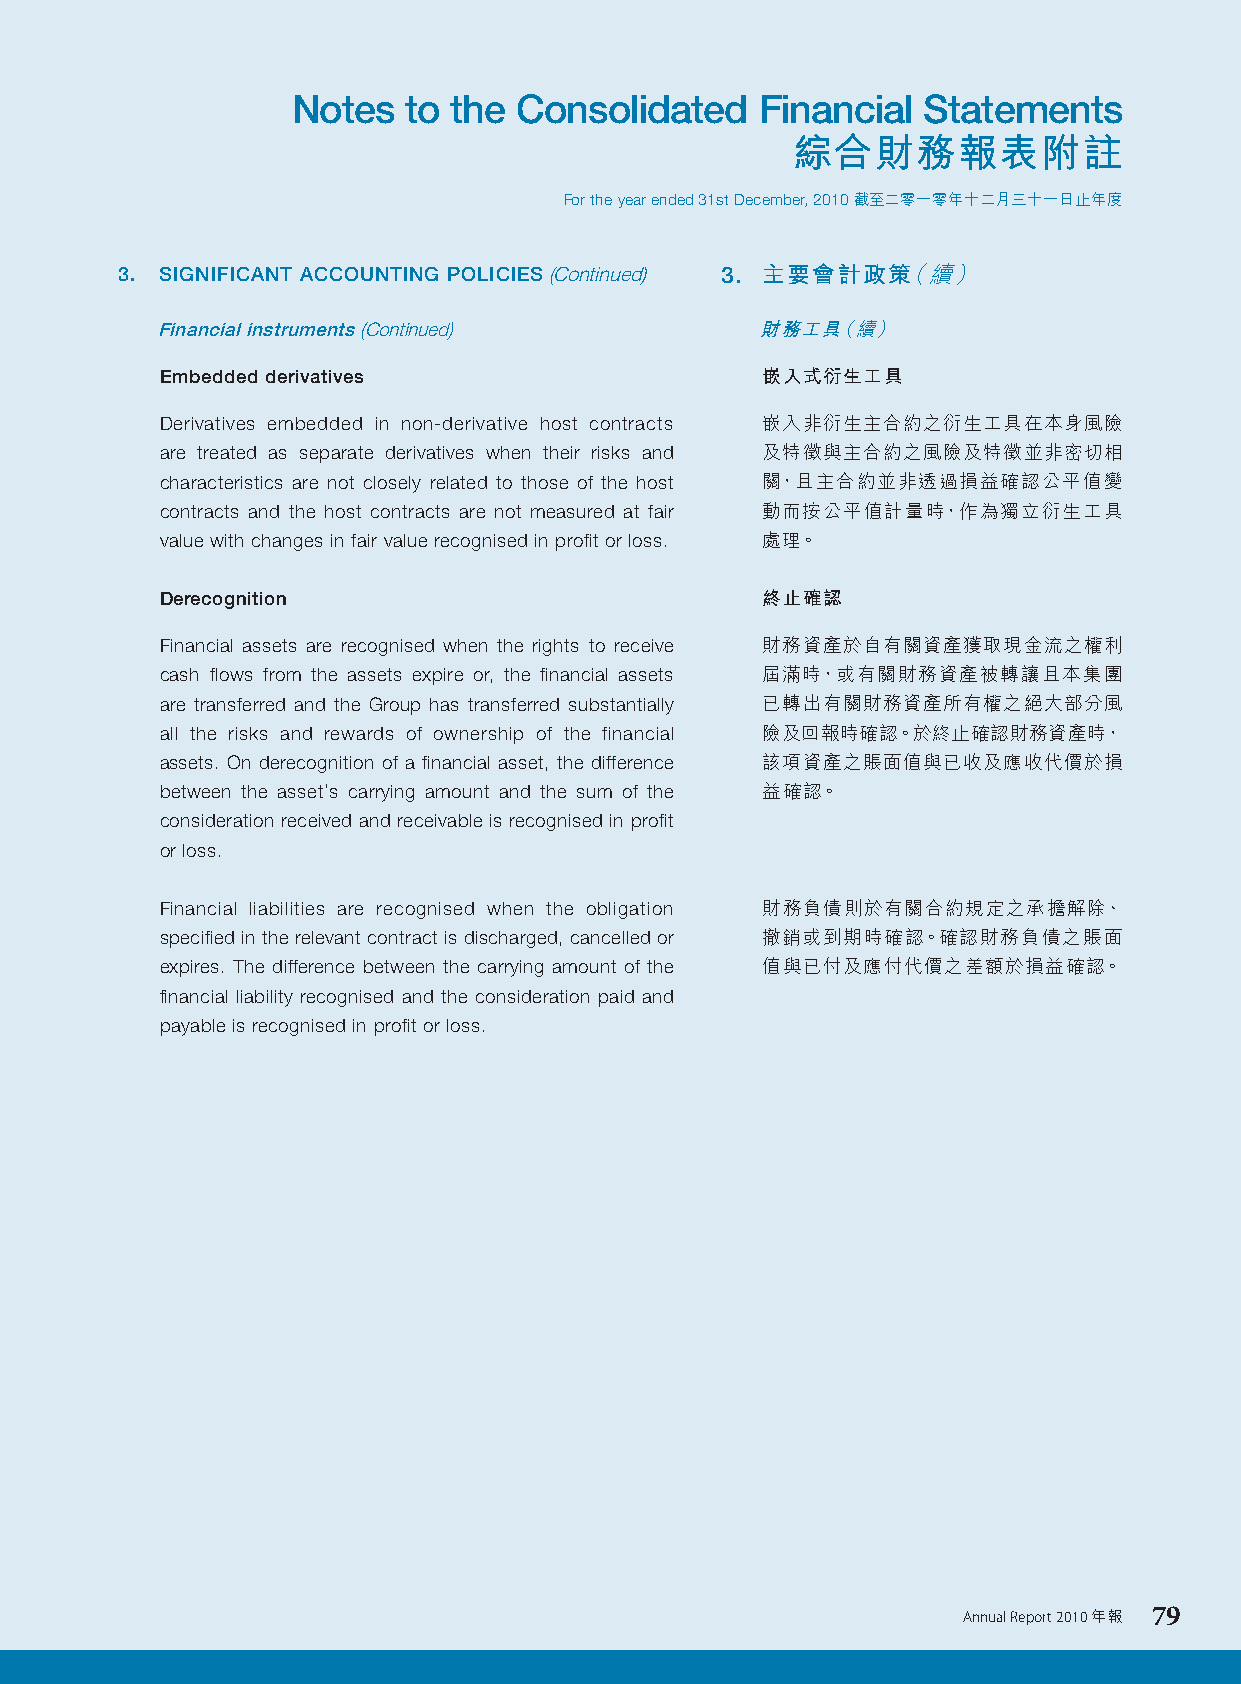
Notes   to the Consolidated    Financial  Statements
 綜合財務報表附註
 For the year ended 31st December, 2010 截至二零一零年十二月三十一日止年度
 3. SIGNIFICANT ACCOUNTING POLICIES (Continued) 3. 主要會計政策（續）
 Financial instruments (Continued)       財務工具（續）
 Embedded derivatives                   嵌入式衍生工具
 Derivatives embedded in non-derivative host contracts 嵌入非衍生主合約之衍生工具在本身風險
 are treated as separate derivatives when their risks and 及特徵與主合約之風險及特徵並非密切相
 characteristics are not closely related to those of the host 關，且主合約並非透過損益確認公平值變
 contracts and the host contracts are not measured at fair 動而按公平值計量時，作為獨立衍生工具
 value with changes in fair value recognised in profit or loss. 處理。
 Derecognition                          終止確認
 Financial assets are recognised when the rights to receive 財務資產於自有關資產獲取現金流之權利
 cash flows from the assets expire or, the financial assets 屆滿時，或有關財務資產被轉讓且本集團
 are transferred and the Group has transferred substantially 已轉出有關財務資產所有權之絕大部分風
 all the risks and rewards of ownership of the financial 險及回報時確認。於終止確認財務資產時，
 assets. On derecognition of a financial asset, the difference 該項資產之賬面值與已收及應收代價於損
 between the asset’s carrying amount and the sum of the 益確認。
 consideration received and receivable is recognised in profit
 or loss.
 Financial liabilities are recognised when the obligation 財務負債則於有關合約規定之承擔解除、
 specified in the relevant contract is discharged, cancelled or 撤銷或到期時確認。確認財務負債之賬面
 expires. The difference between the carrying amount of the 值與已付及應付代價之差額於損益確認。
 financial liability recognised and the consideration paid and
 payable is recognised in profit or loss.
 Annual Report 2010 年報 79